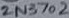
Text: 2N3702